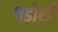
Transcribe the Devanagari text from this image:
पडोशी